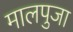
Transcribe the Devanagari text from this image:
मालपुजा